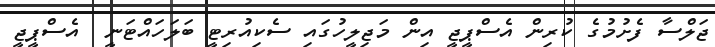
ޖަލްސާ ފެށުމުގެ ކުރިން އެސްޕީޖީ އިން މަޖިލީހުގައި ސެކިއުރިޓީ ބަލަހައްޓަނީ  އެސްޕީޖީ